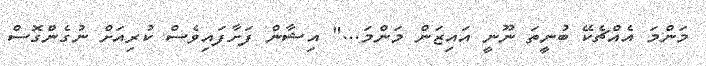
މަންމަ އެއްޗެކޭ ބުނީތަ ނޫނީ އައިޒަން މަންމަ..." އިޝާން ފަށާފައިވެސް ކުރިއަށް ނުގެންގޮސް